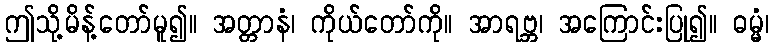
ဤသို့မိန့်တော်မူ၍။ အတ္တာနံ၊ ကိုယ်တော်ကို။ အာရဗ္ဘ၊ အကြောင်းပြု၍။ ဓမ္မံ၊